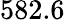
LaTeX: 582.6